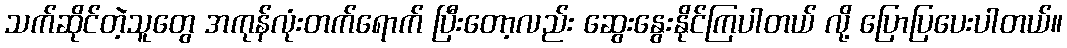
သက်ဆိုင်တဲ့သူတွေ အကုန်လုံးတက်ရောက် ပြီးတော့လည်း ဆွေးနွေးနိုင်ကြပါတယ် လို့ ပြောပြပေးပါတယ်။